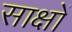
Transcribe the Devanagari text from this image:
साक्षों